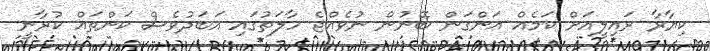
ކިޔާރާ ރައިލީއަށް ކަމެއް އަންގަން ބޭނުން ނުވެއްޖެ ހާލަތުގައި އަބަދުވެސް ކަންތައް ކުރާނީ